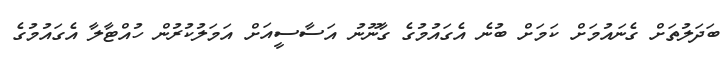
ބަދަލުތަށް ގެނައުމަށް ކަމަށް ބުނެ އެގައުމުގެ ގާނޫނު އަސާސީއަށް އަމަލުކުރުން ހުއްޓާލާ އެގައުމުގެ